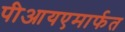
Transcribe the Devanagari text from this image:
पीआयएमार्फत